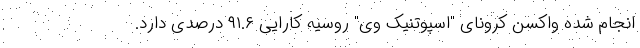
انجام شده واکسن کرونای "اسپوتنیک وی" روسیه کارایی ۹۱.۶ درصدی دارد.